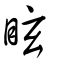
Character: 眩